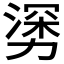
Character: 𰜯